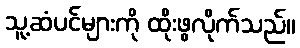
သူ့ဆံပင်များကို ထိုးဖွလိုက်သည်။